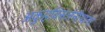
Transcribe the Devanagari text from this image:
अकुहविसर्जनीयानां